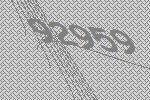
92959